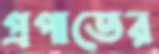
প্রপাতের